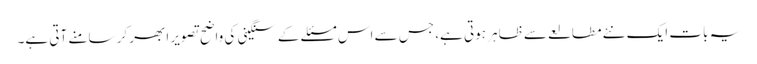
یہ بات ایک نئے مطالعے سے ظاہر ہوتی ہے، جس سے اس مسئلے کے سنگینی کی واضح تصویر ابھر کر سامنے آتی ہے۔